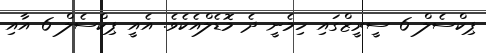
ޕިކްސެލް 6 ސީރީޒްގައި ހިމެނީ ދެ މޮޑެލްއެކެވެ. އެއީ ޕިކްސެލް 6 އާއި